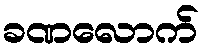
ခဏလောက်